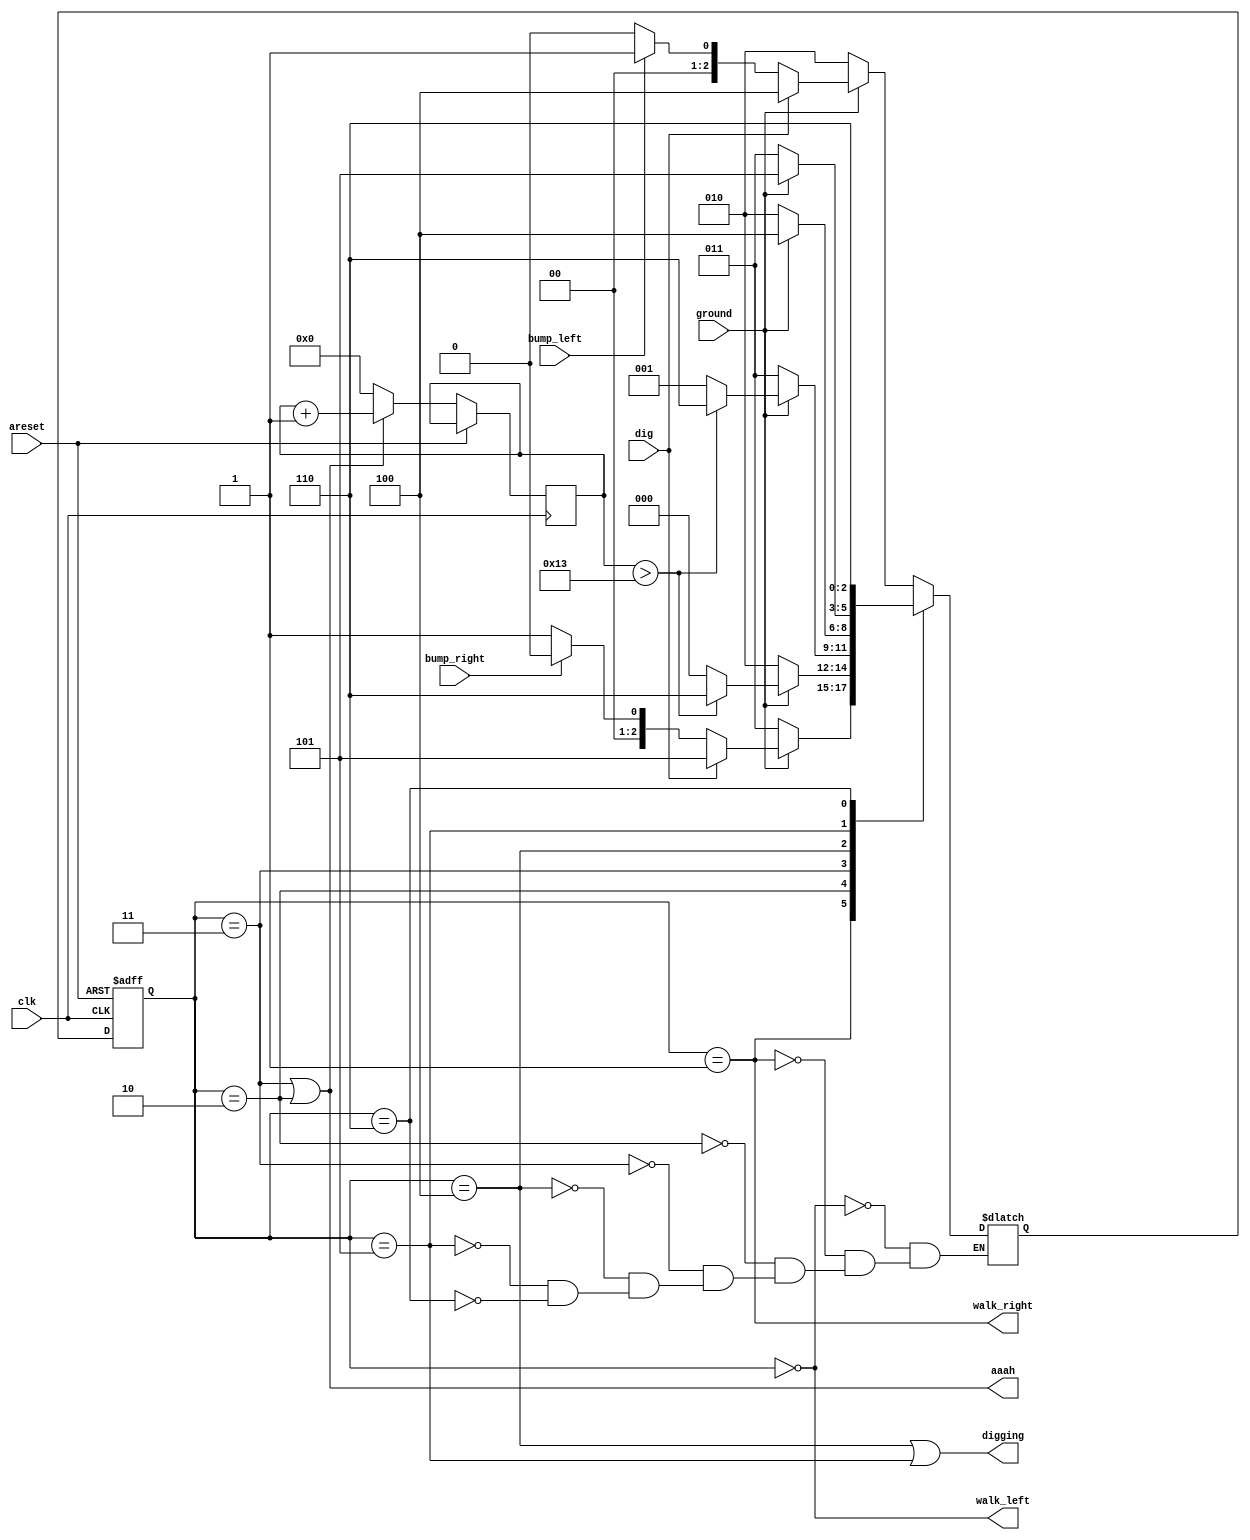
module top_module(
    input clk,
    input areset,    // Freshly brainwashed Lemmings walk left.
    input bump_left,
    input bump_right,
    input ground,
    input dig,
    output walk_left,
    output walk_right,
    output aaah,
    output digging 
  ); 

    localparam [2:0] WALK_L = 3'b000,
                     WALK_R = 3'b001,
                     FALL_L = 3'b010,
                     FALL_R = 3'b011,
                     DIG_L  = 3'b100,
                     DIG_R  = 3'b101,
                     SPLATTER = 3'b110;

    reg [2:0] state, next;
    reg [6:0] count;

    always @(posedge clk or posedge areset) begin
        if(areset) state <= WALK_L;
        else if(state == FALL_R || state == FALL_L) begin
            count <= count + 1;
            state <= next;
        end
        else begin
            state <= next;
            count <= 0;
        end       
    end

    always @(*) begin
        case(state)
            WALK_L : begin
                if(!ground) next = FALL_L;
                else begin
                    if(dig) next = DIG_L;
                    else begin
                        if(bump_left) next = WALK_R;
                        else next = WALK_L;
                    end
                end
            end
            WALK_R : begin
                if(!ground) next = FALL_R;
                else begin
                    if(dig) next = DIG_R;
                    else begin
                        if(bump_right) next = WALK_L;
                        else next = WALK_R;
                    end
                end
            end
            FALL_L : begin
                if(ground) begin
                    if(count > 19) next = SPLATTER;
                    else next = WALK_L;
                end
                else next = FALL_L;
            end
            FALL_R : begin
                if(ground) begin
                    if(count > 19) next = SPLATTER;
                    else next = WALK_R;
                end
                else next = FALL_R;
            end
            DIG_L  : next = (ground) ? DIG_L : FALL_L;
            DIG_R  : next = (ground) ? DIG_R : FALL_R;
            SPLATTER : next = SPLATTER;
        endcase
    end

    assign walk_left = (state == WALK_L);
    assign walk_right = (state == WALK_R);
    assign aaah = ((state == FALL_L) || (state == FALL_R));
    assign digging = ((state == DIG_L) || (state == DIG_R));

endmodule